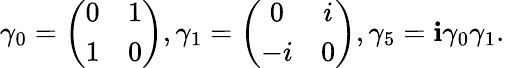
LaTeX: \gamma_{0}=\left(\begin{array}{cc}{{0}}&{{1}}\\ {{1}}&{{0}}\end{array}\right),\gamma_{1}=\left(\begin{array}{cc}{{0}}&{{i}}\\ {{-i}}&{{0}}\end{array}\right),\gamma_{5}=\mathbf{i}\gamma_{0}\gamma_{1}.